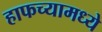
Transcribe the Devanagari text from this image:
हाफच्यामध्ये